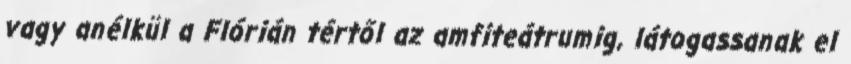
vagy anélkül a Flórián tértől az amfiteátrumig, látogassanak el